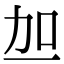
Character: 𫦥